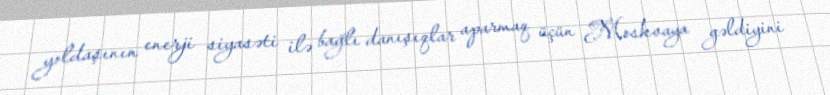
yoldaşının enerji siyasəti ilə bağlı danışıqlar aparmaq üçün Moskvaya gəldiyini